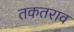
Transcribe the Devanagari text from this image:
तकतराव